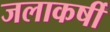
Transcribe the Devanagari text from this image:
जलाकर्षी